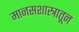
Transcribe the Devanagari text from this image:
मानसशास्त्रातून